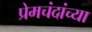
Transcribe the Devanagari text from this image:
प्रेमचंदांच्या